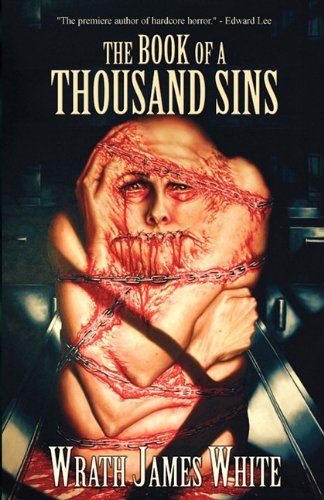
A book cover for The Book of a Thousand Sins; Wrath James White; Romance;